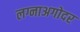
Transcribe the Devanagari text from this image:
लग्नाअगोदर